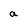
Character: a